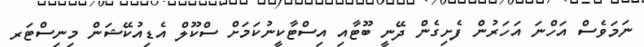
ނަމަވެސް އަހްނަ އަހަރުން ފެށިގެން ދޭނީ ބޫޓާއި އިސްޓާކީނުކަމަށް ސްކޫލް އެޑިއުކޭޝަން މިނިސްޓަރ